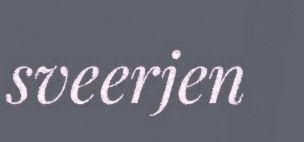
sveerjen